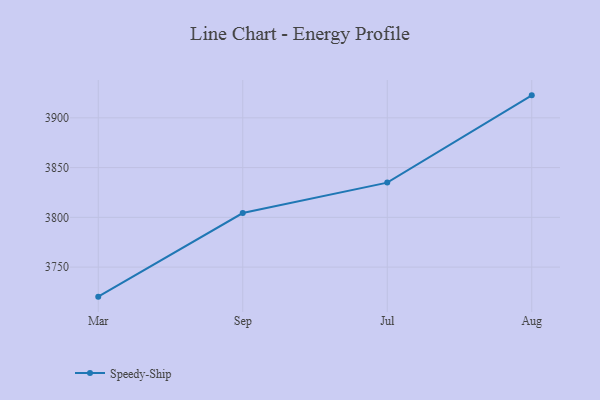
{"axis": {"x": "Month", "y": "Conversion Rate (%)"}, "legend": ["Speedy-Ship"], "data": [{"x": "Mar", "y": 3720.3, "type": "Speedy-Ship"}, {"x": "Sep", "y": 3804.3, "type": "Speedy-Ship"}, {"x": "Jul", "y": 3834.9, "type": "Speedy-Ship"}, {"x": "Aug", "y": 3922.6, "type": "Speedy-Ship"}]}